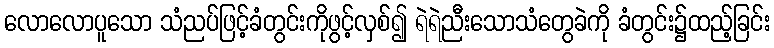
လောလောပူသော သံညပ်ဖြင့်ခံတွင်းကိုဖွင့်လှစ်၍ ရဲရဲညီးသောသံတွေခဲကို ခံတွင်း၌ထည့်ခြင်း